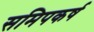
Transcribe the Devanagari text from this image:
समिपकर्ष